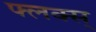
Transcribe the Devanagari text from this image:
फ्लक्स्